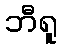
ဘီရူ